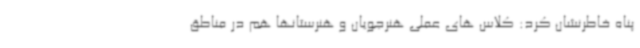
پناه خاطرنشان کرد: کلاس های عملی هنرجویان و هنرستانها هم در مناطق